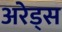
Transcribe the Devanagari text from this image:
अरेड्स